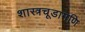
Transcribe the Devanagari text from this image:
शास्त्रचूडामणि